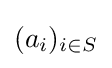
(a_{i})_{i\in S}